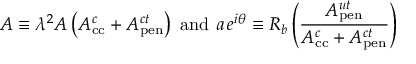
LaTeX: { \cal A } \equiv \lambda ^ { 2 } A \left( A _ { \mathrm { c c } } ^ { c } + A _ { \mathrm { p e n } } ^ { c t } \right) ~ \mathrm { a n d } ~ a \, e ^ { i \theta } \equiv R _ { b } \left( \frac { A _ { \mathrm { p e n } } ^ { u t } } { A _ { \mathrm { c c } } ^ { c } + A _ { \mathrm { p e n } } ^ { c t } } \right)